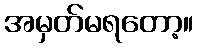
အမှတ်မရတော့။